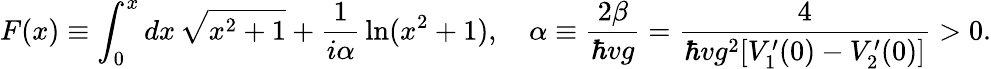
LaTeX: F(x)\equiv\int_{0}^{x}dx\, \sqrt{x^{2}+1}+{\frac{1}{i\alpha}}\ln(x^{2}+1),\quad\alpha\equiv{\frac{2\beta}{\hbar vg}}={\frac{4}{\hbar vg^{2}[V_{1}^{\prime}(0)-V_{2}^{\prime}(0)]}}>0.